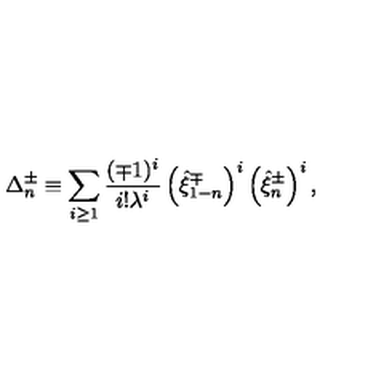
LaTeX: \Delta _ { n } ^ { \pm } \equiv \sum _ { i \geq 1 } ^ { } \frac { ( \mp 1 ) ^ { i } } { i ! \lambda ^ { i } } \left( \hat { \xi } _ { 1 - n } ^ { \mp } \right) ^ { i } \left( \hat { \xi } _ { n } ^ { \pm } \right) ^ { i } ,